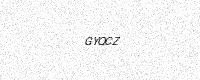
Text: GYQCZ